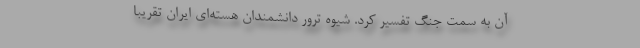
آن به سمت جنگ تفسیر کرد. شیوه ترور دانشمندان هسته‌ای ایران تقریبا